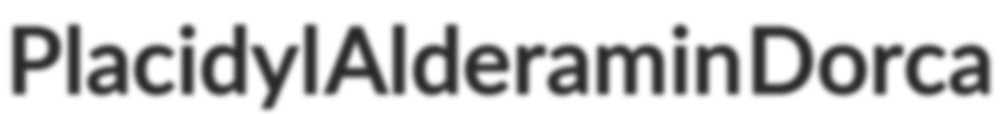
Placidyl Alderamin Dorca